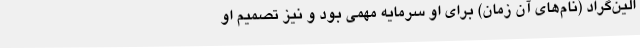
الین‌گراد (نام‌های آن زمان) برای او سرمایه مهمی بود و نیز تصمیم او